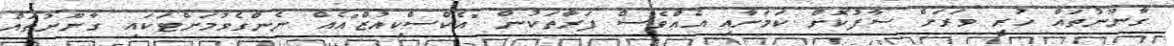
ގާނޫނުތައް ހުރީ ވަރަށް ސާފުކޮށް ކަމަށާއި އެއްވެސް ފަރާތަކުން "އެކްސްކިއުޒް"އެއް ނެންގެވުމަށްޓަކައި ގާނޫނުތައް